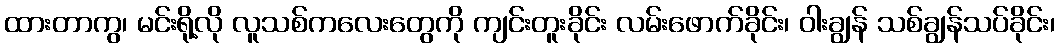
ထားတာကွ၊ မင်းရို့လို လူသစ်ကလေးတွေကို ကျင်းတူးခိုင်း လမ်းဖောက်ခိုင်း၊ ဝါးချွန် သစ်ချွန်သပ်ခိုင်း၊